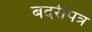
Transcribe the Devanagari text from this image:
बदरीपत्र